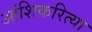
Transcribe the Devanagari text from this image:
आंशिकरित्या